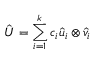
\hat { U } = \sum _ { i = 1 } ^ { k } c _ { i } \hat { u } _ { i } \otimes \hat { v } _ { i }